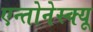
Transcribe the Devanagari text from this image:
एन्तोनेस्क्यू